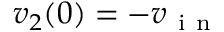
v _ { 2 } ( 0 ) = - v _ { \mathrm { ~ i ~ n ~ } }